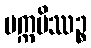
ပက္ကမိဿဉ္စ